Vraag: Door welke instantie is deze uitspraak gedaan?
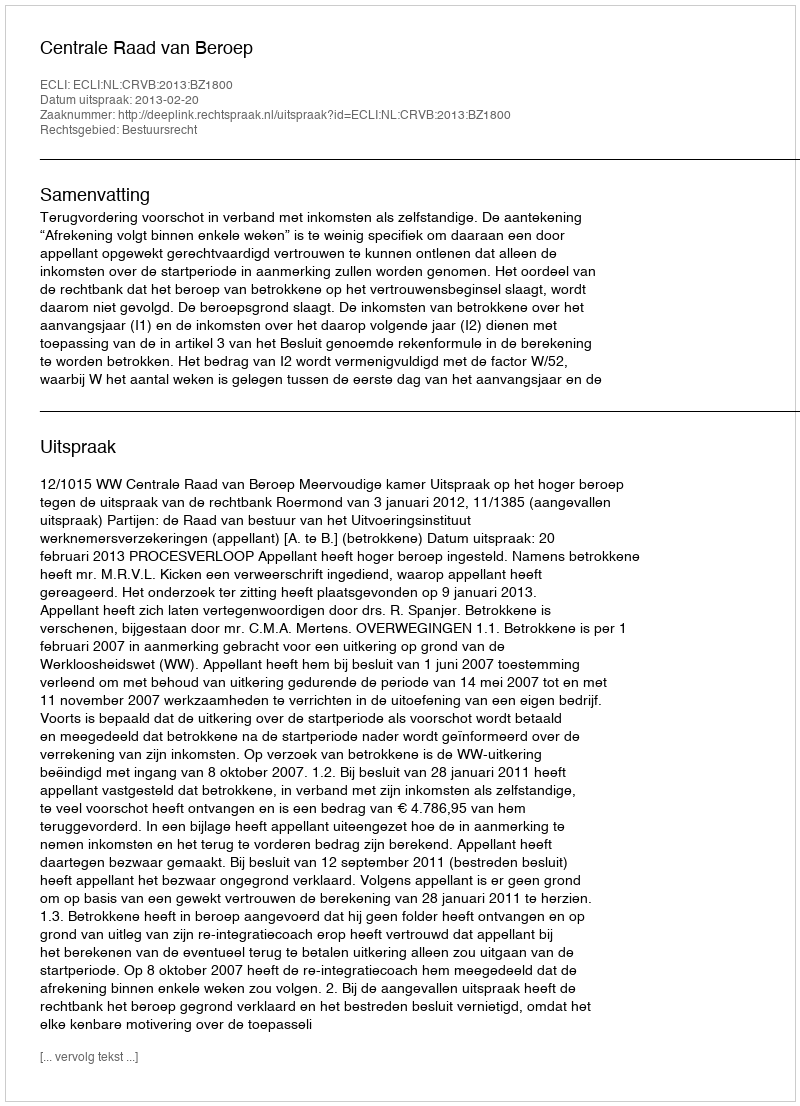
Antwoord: Centrale Raad van Beroep